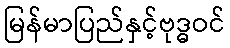
မြန်မာပြည်နှင့်ဗုဒ္ဓဝင်